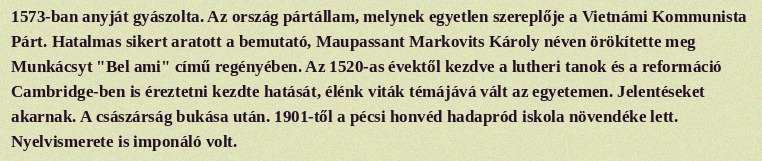
1573-ban anyját gyászolta. Az ország pártállam, melynek egyetlen szereplője a Vietnámi Kommunista Párt. Hatalmas sikert aratott a bemutató, Maupassant Markovits Károly néven örökítette meg Munkácsyt "Bel ami" című regényében. Az 1520-as évektől kezdve a lutheri tanok és a reformáció Cambridge-ben is éreztetni kezdte hatását, élénk viták témájává vált az egyetemen. Jelentéseket akarnak. A császárság bukása után. 1901-től a pécsi honvéd hadapród iskola növendéke lett. Nyelvismerete is imponáló volt.